65_HS1-834228961_62-HQ-83894_Section_3
Agency: FBI
Page 97
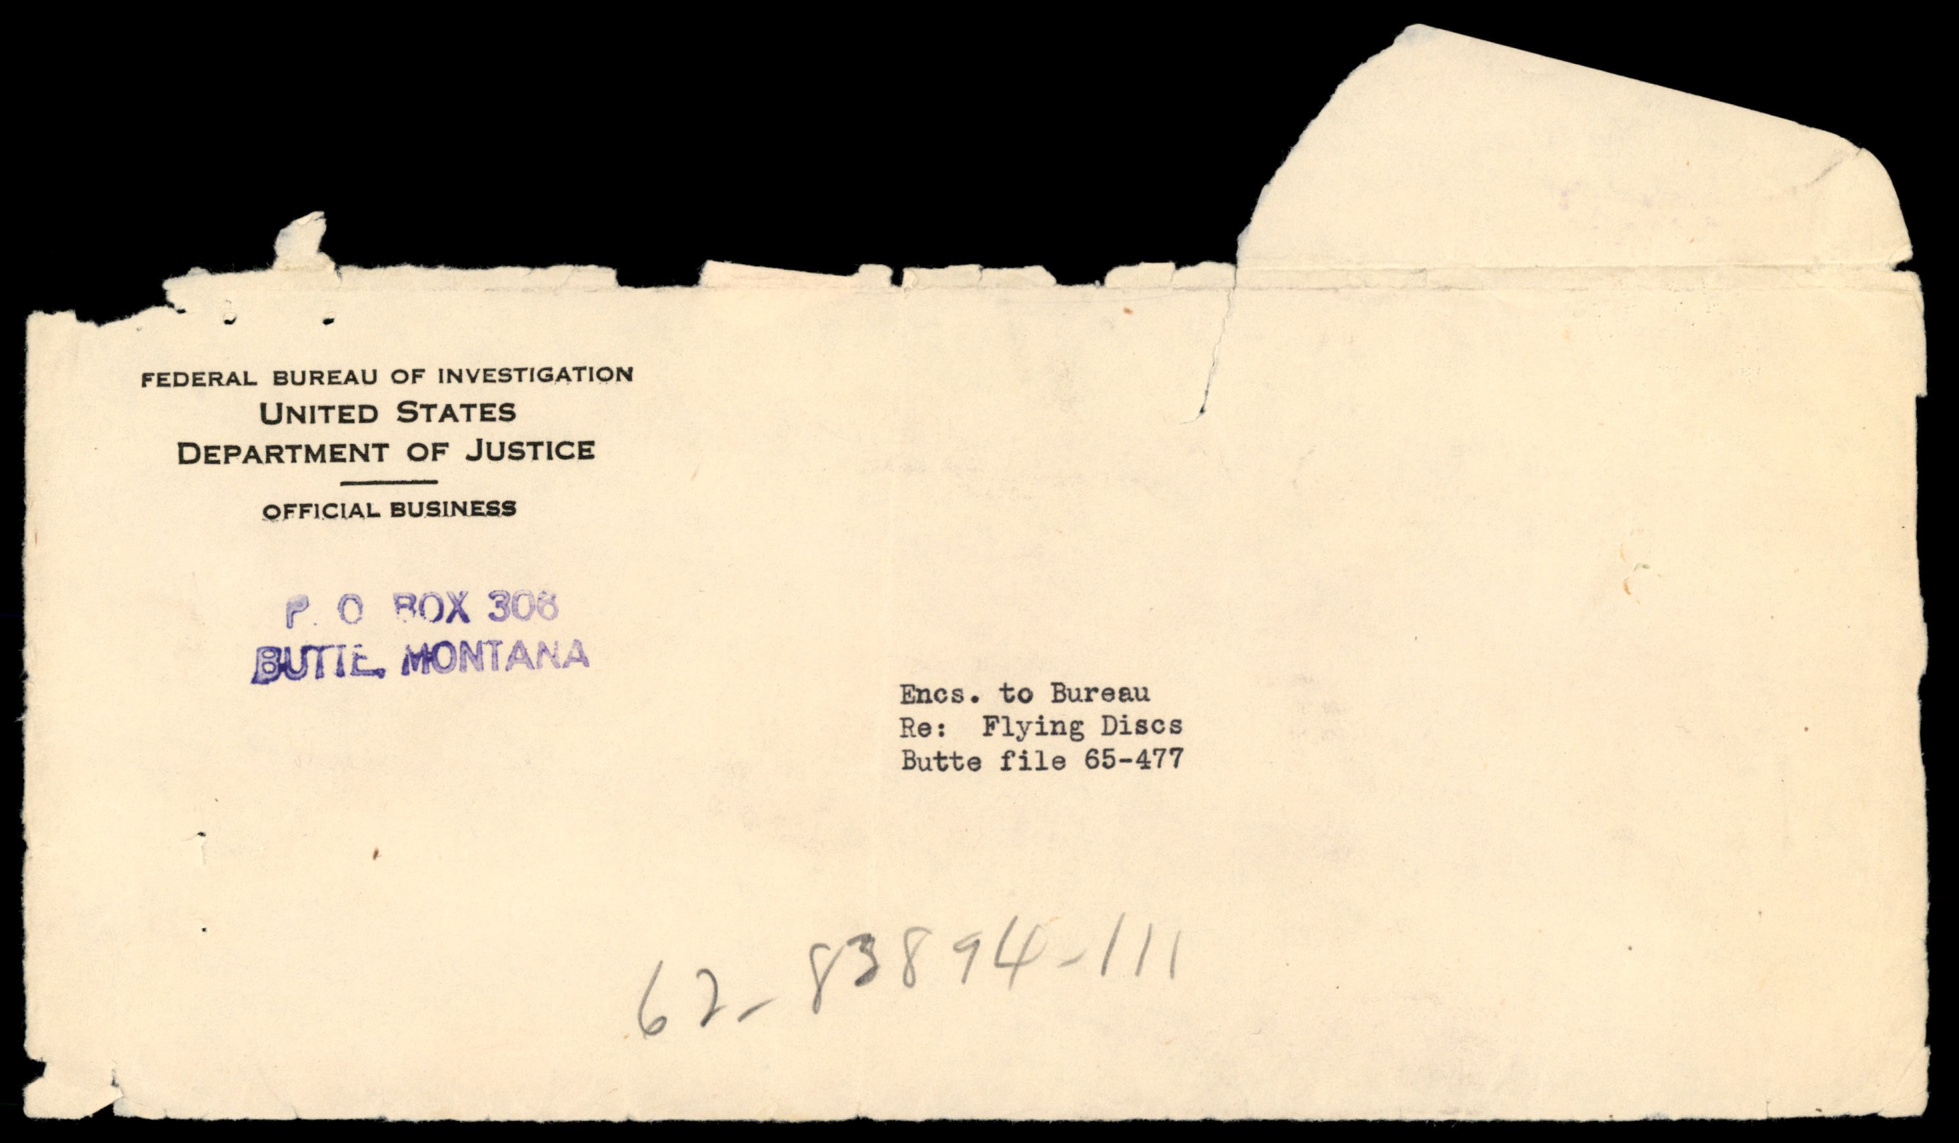